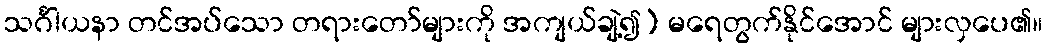
သင်္ဂါယနာ တင်အပ်သော တရားတော်များကို အကျယ်ချဲ့၍) မရေတွက်နိုင်အောင် များလှပေ၏။